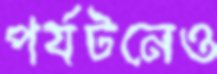
পর্যটনেও